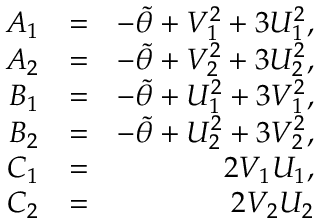
\begin{array} { r l r } { A _ { 1 } } & { = } & { - \Tilde { \theta } + V _ { 1 } ^ { 2 } + 3 U _ { 1 } ^ { 2 } , } \\ { A _ { 2 } } & { = } & { - \Tilde { \theta } + V _ { 2 } ^ { 2 } + 3 U _ { 2 } ^ { 2 } , } \\ { B _ { 1 } } & { = } & { - \Tilde { \theta } + U _ { 1 } ^ { 2 } + 3 V _ { 1 } ^ { 2 } , } \\ { B _ { 2 } } & { = } & { - \Tilde { \theta } + U _ { 2 } ^ { 2 } + 3 V _ { 2 } ^ { 2 } , } \\ { C _ { 1 } } & { = } & { 2 V _ { 1 } U _ { 1 } , } \\ { C _ { 2 } } & { = } & { 2 V _ { 2 } U _ { 2 } } \end{array}